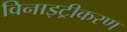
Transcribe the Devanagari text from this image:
विनाइट्रीकरण